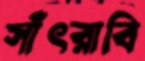
সাঁৎরাবি